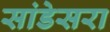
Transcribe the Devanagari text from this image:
सांडेसरा